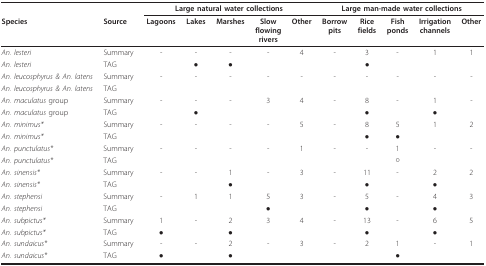
<table><thead><tr><td></td><td></td><td colspan="5"><b>Large natural water collections</b></td><td colspan="5"><b>Large man-made water collections</b></td></tr><tr><td><b>Species</b></td><td><b>Source</b></td><td><b>Lagoons</b></td><td><b>Lakes</b></td><td><b>Marshes</b></td><td><b>Slowflowingrivers</b></td><td><b>Other</b></td><td><b>Borrowpits</b></td><td><b>Ricefields</b></td><td><b>Fishponds</b></td><td><b>Irrigationchannels</b></td><td><b>Other</b></td></tr></thead><tbody><tr><td><i>An. lesteri</i></td><td>Summary</td><td>-</td><td>-</td><td>-</td><td>-</td><td>4</td><td>-</td><td>3</td><td>-</td><td>1</td><td>1</td></tr><tr><td><i>An. lesteri</i></td><td>TAG</td><td></td><td>●</td><td>●</td><td></td><td></td><td></td><td>●</td><td></td><td></td><td></td></tr><tr><td><i>An. leucosphyrus &amp; An. latens</i></td><td>Summary</td><td>-</td><td>-</td><td>-</td><td>-</td><td>-</td><td>-</td><td>-</td><td>-</td><td>-</td><td>-</td></tr><tr><td><i>An. leucosphyrus &amp; An. latens</i></td><td>TAG</td><td></td><td></td><td></td><td></td><td></td><td></td><td></td><td></td><td></td><td></td></tr><tr><td><i>An. maculatus </i>group</td><td>Summary</td><td>-</td><td>-</td><td>-</td><td>3</td><td>4</td><td>-</td><td>8</td><td>-</td><td>1</td><td>-</td></tr><tr><td><i>An. maculatus </i>group</td><td>TAG</td><td></td><td>●</td><td></td><td></td><td></td><td></td><td>●</td><td></td><td>●</td><td></td></tr><tr><td><i>An. minimus*</i></td><td>Summary</td><td>-</td><td>-</td><td>-</td><td>-</td><td>5</td><td>-</td><td>8</td><td>5</td><td>1</td><td>2</td></tr><tr><td><i>An. minimus*</i></td><td>TAG</td><td></td><td></td><td></td><td></td><td></td><td></td><td>●</td><td>●</td><td></td><td></td></tr><tr><td><i>An. punctulatus*</i></td><td>Summary</td><td>-</td><td>-</td><td>-</td><td>-</td><td>1</td><td>-</td><td>-</td><td>1</td><td>-</td><td>-</td></tr><tr><td><i>An. punctulatus*</i></td><td>TAG</td><td></td><td></td><td></td><td></td><td></td><td></td><td></td><td>○</td><td></td><td></td></tr><tr><td><i>An. sinensis*</i></td><td>Summary</td><td>-</td><td>-</td><td>1</td><td>-</td><td>3</td><td>-</td><td>11</td><td>-</td><td>2</td><td>2</td></tr><tr><td><i>An. sinensis*</i></td><td>TAG</td><td></td><td></td><td>●</td><td></td><td></td><td></td><td>●</td><td></td><td>●</td><td></td></tr><tr><td><i>An. stephensi</i></td><td>Summary</td><td>-</td><td>1</td><td>1</td><td>5</td><td>3</td><td>-</td><td>5</td><td>-</td><td>4</td><td>3</td></tr><tr><td><i>An. stephensi</i></td><td>TAG</td><td></td><td></td><td></td><td>●</td><td></td><td></td><td>●</td><td></td><td>●</td><td></td></tr><tr><td><i>An. subpictus*</i></td><td>Summary</td><td>1</td><td>-</td><td>2</td><td>3</td><td>4</td><td>-</td><td>13</td><td>-</td><td>6</td><td>5</td></tr><tr><td><i>An. subpictus*</i></td><td>TAG</td><td>●</td><td></td><td>●</td><td></td><td></td><td></td><td>●</td><td></td><td>●</td><td></td></tr><tr><td><i>An. sundaicus*</i></td><td>Summary</td><td>-</td><td>-</td><td>2</td><td>-</td><td>3</td><td>-</td><td>2</td><td>1</td><td>-</td><td>1</td></tr><tr><td><i>An. sundaicus*</i></td><td>TAG</td><td>●</td><td></td><td>●</td><td></td><td></td><td></td><td></td><td>●</td><td></td><td></td></tr></tbody></table>